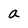
Character: a